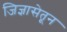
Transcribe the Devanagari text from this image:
जिज्ञासेतून